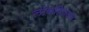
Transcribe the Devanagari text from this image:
लोकहितकर